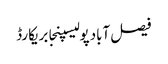
فیصل آبادپولیسپنجابریکارڈ